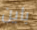
باين